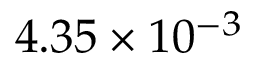
4 . 3 5 \times 1 0 ^ { - 3 }